Medical and sanitary report of the native army of Madras for the year
Year: 1878
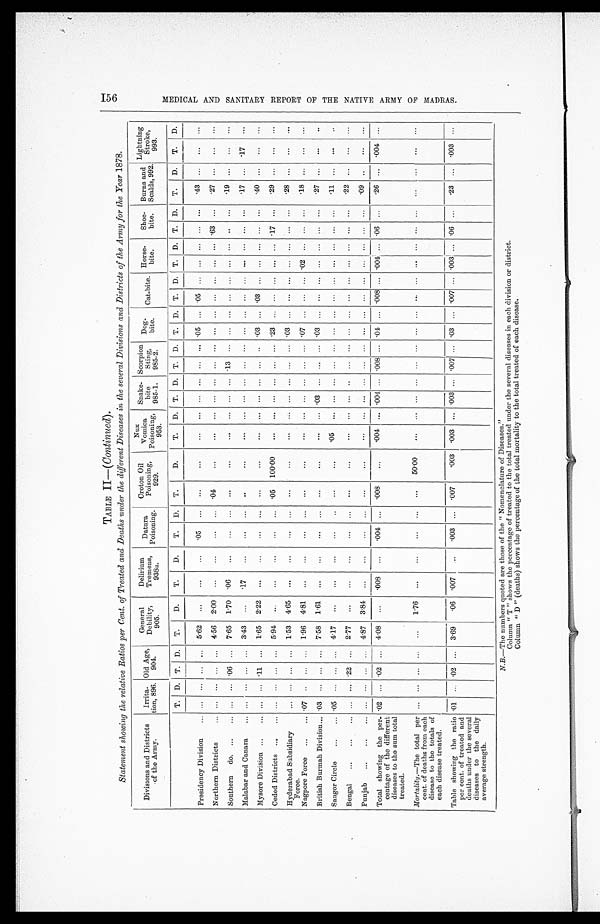
TABLE II—(Continued).
Statement showing, the relative Ratios per Cent. of Treated and Deaths under the different Diseases in the several Divisions and Districts of the Army for the Year 1878.
Divisions and Districts
of the Army.
Irrita-
tion, 896.
Old Age
904.
General
Debility,
905.
Delirium
Tremens,
938a.
Datu ra
Poisoning.
Croton Oil
Poisoning,
929.
Nux
Vomica
Poisoning,
953.
Snake-
bite
985-1.
Scorpion
Sting,
985-2.
Dog- bite. Cat-bite. Horse-
bite.
Shoe-
bite.
Burns and
Scalds, 992.
Lightning
Stroke ,
993.
T. D. T. D.
T.
D.
T.
D.
T.
D.
T.
D.
T.
D. T. D. T. D. T. D. T. D. T. D. T. D.
T.
D .
T.
D.
Presidency Division . . .
. . .
. . . . . .
. . . 5.62
. . .
. . .
. . .
. 0 5
. . .
. . .
. . .
. . .
. . . . . .
. . .
. . .
. . .
. 0 5
. . . .05
. . . . . .
. . .
. . .
. . .
.43
. . .
. . .
. . .
Northern Districts . . . . . .
. . . . . .
. . .
4.56 2.00
. . .
. . .
. . .
. . .
.04
. . .
. . . . . .
. . .
. . .
. . .
. . . . . .
. . .
. . .
. . . . . .
. . . .63
. . .
. 2 7
. . .
. . .
. . .
Southern do. . . . . . .
. . . .06
. . . 7.65 1.70
. 06
. . .
. . .
. . .
. . .
. . .
. . . . . .
. . .
. . . .13
. . .
. . .
. . . . . .
. . . . . .
. . .
. . .
. . .
. 1 9
. . .
. . .
. . .
Malab ar and Canara . . .
. . . . . . . . .
. . . 3.43 . . .
. 17
. . .
. . .
. . . . . .
. . .
. . . . . .
. . .
. . .
. . .
. . .
. . .
. . . . . .
. . . . . .
. . .
. . .
. . .
. 1 7 . . .
. 1 7
. . .
Mysore Division . . . . . .
. . . .11
. . . 1.65 2.22
. . .
. . .
. . .
. . .
. . .
. . .. . .
. . . . . .
. . .
. . .
. . .
. 0 3
. . . .03
. . . . . .
. . .
. . .
. . . .40
. . .
. . .
. . .
Ceded Districts . . .
. . . . . . . . .
. . . 5.94
. . .
. . .
. . .
. . .
. . .
.05 100.00
. . . . . .
. . .
. . .
. . .
. . .
. 2 3
. . .
. . .
. . . . . .
. . . .17
. . . .29
. . .
. . .
. . .
Hyderabad Subsidiary
Force.
. . .
. . . . . .
. . .
1.53 4.65
. . .
. . .
. . .
. . .
. . .
. . .
. . .
. . . . . .
. . .
. . .
. . . .03
. . .
. . .
. . . . . .
. . .
. . .
. . .
. 2 8
. . .
. . .
. . .
Nagpore Force . . . .07
. . .
. . .
. . .
1.96 4.81
. . .
. . .
. . .
. . .
. . .
. . .
. . .
. . .
. . .
. . .
. . .
. . .
. 0 7
. . . . . .
. . . .02
. . .
. . .
. . .
.18
. . .
. . .
. . .
British Burmah Division . . . .03
. . . . . .
. . . 7.58 1.61
. . .
. . .
. . .
. . .
. . .
. . .. . .
. . . .03
. . .
. . .
. . . .03
. . .
. . .
. . . . . .
. . .
. . .
. . .
. 2 7
. . .
. . .
. . .
saugor Circle . . . .05
. . . . . .
. . . 4.17 . . .
. . .
. . .
. . .
. . . . . .
. . . .05
. . .
. . .
. . . . . .
. . .
. . .
. . . . . .
. . . . . .
. . .
. . .
. . .
. 1 1
. . .
. . .
. . .
Bengal . . .
. . . . . . .22
. . . 2.77 . . .
. . .
. . .
. . .
. . . . . .
. . .
. . . . . .
. . .
. . .
. . .
. . .
. . .
. . . . . .
. . . . . . . . .
. . .
. . .
. 2 2 . . .
. . .
. . .
Punjab . . .
. . . . . . . . .
. . . 4.87 3.84
. . .
. . .
. . . . . .
. . .
. . .
. . .
. . .
. . .
. . .
. . .
. . .
. . .
. . . . . .
. . .
. . .
. . .
. . .
. . .
. 0 9
. . .
. . .
. . .
Total showing the per-
centage of the different
diseases to the sum total
treated.
.02
. . . .02
. . . 4.08
. . .
.008
. . .
.004
. . .
.008
. . .
. 0 0 4
. . .
.004
. . .
. 0 0 8 . . .
. 0 4
. . . .008 . . . .004 . . . .06
. . .
.26
. . . .004
. . .
Mo rta lit y .-The total per
cent of deaths from each
disease to the totals of
each disease treated.
. . .
. . . . . .
. . .
. . . 1.76
. . .
. . .
. . .
. . .
. . .
50.00
. . .
. . .
. . .
. . .
. . .
. . .
. . .
. . . . . .
. . .
. . .
. . .
. . .
. . .
. . .
. . .
. . .
. . .
Table showing the ratio
per cent. of treated and
deaths under the several
diseases to the daily
average strength.
. 0 1
. . . .02
. . . 3.69
. 06
.007
. . .
. 003
. . .
.007
. 0 0 3 .003
. . .
.003 . . . .007
. . .
. 0 3
. . . .007
. . . .003 . . .
. 0 6
. . .
. 2 3
. . .
. 0 0 3
. . .
N.B.-The numbers quoted are those of the " Nomenclature of Diseases."
Column " T " shows the percentage of treated to the total treated under the several diseases in each division or district.
Column " D " (deaths) shows the percentage of the total mortality to the total treated of each disease.
156
M E D I C A L A N D S A N I T A R Y R E P O R T O F T H E N A T I V E A R M Y O F M A D R A S .